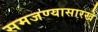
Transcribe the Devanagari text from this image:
समजण्यासारखे